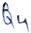
Text: Q4